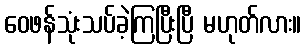
ဝေဖန်သုံးသပ်ခဲ့ကြပြီးပြီ မဟုတ်လား။